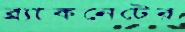
ব্র্যাকনেটের